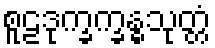
စူဠဒုက္ခက္ခန္ဓသုတ္တံ